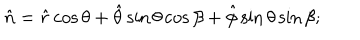
\hat { n } = \hat { r } \cos \theta + \hat { \theta } \sin \theta \cos \beta + \hat { \phi } \sin \theta \sin \beta ;